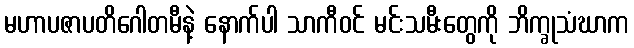
မဟာပဇာပတိဂေါတမီနဲ့ နောက်ပါ သာကီဝင် မင်းသမီးတွေကို ဘိက္ခုသံဃာက